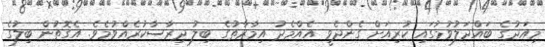
މިއަދުގެ ބައްދަލުވުމުގައި ކުރިއަށް ގެންދެވީ އެއްމެދު އިމާރާތުގެ ބިލު ދިރާސާކުރެއްވުމެވެ. އެގޮތުން ބިލުގެ